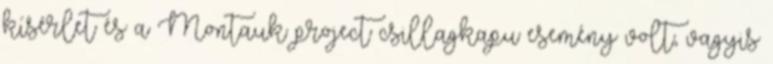
kísérlet és a Montauk project csillagkapu esemény volt, vagyis